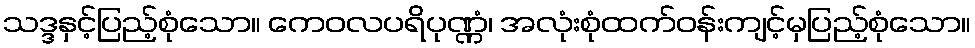
သဒ္ဒနှင့်ပြည့်စုံသော။ ကေဝလပရိပုဏ္ဏံ၊ အလုံးစုံထက်ဝန်းကျင့်မှပြည့်စုံသော။